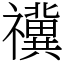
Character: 𥜥